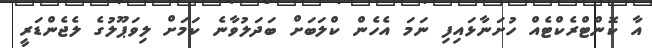
އާ ކޮންޓްރެކްޓެއް ހުށަނާޅައިފި ނަމަ އެހެން ކްލަބަށް ބަދަލުވާނެ ކަމަށް ލިވަޕޫލުގެ ލެޖެންޑަރީ